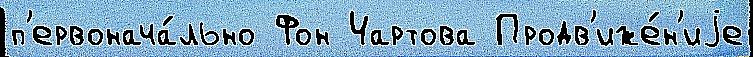
п'ервонача́льно Фон Чартова Продв'иже́н'иjе